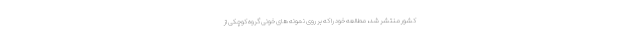
کشور منتشر شد، مطالعه خود را که بر روی نمونه های خونی گروه کوچکی از